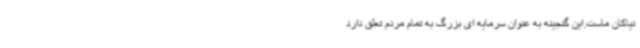
نیاکان ماست.این گنجینه به عنوان سرمایه ای بزرگ به تمام مردم تعلق دارد